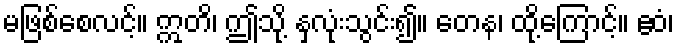
မဖြစ်စေလင့်။ ဣတိ၊ ဤသို့ နှလုံးသွင်း၍။ တေန၊ ထို့ကြောင့်။ ဧဝံ၊